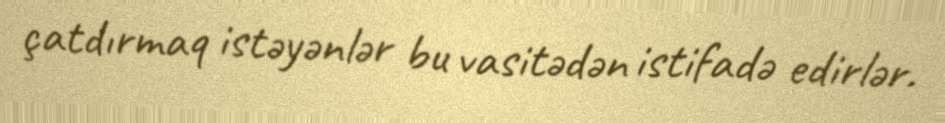
çatdırmaq istəyənlər bu vasitədən istifadə edirlər.